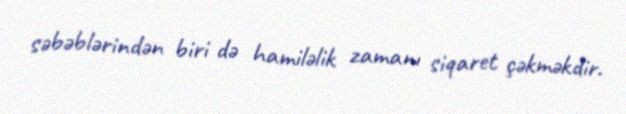
səbəblərindən biri də hamiləlik zamanı siqaret çəkməkdir.